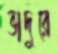
ভাদুরে